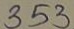
353